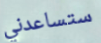
ستساعدني